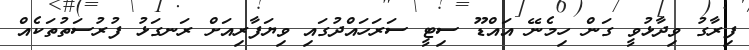
ފިރާގު ވިދާޅުވީ ގަން ހިމެނޭ އައްޑޫ ސިޓީ ސަރަހައްދުގައި ވިޔަފާރިއަށް ރަނގަޅު ފުރުސަތުތަކެއް